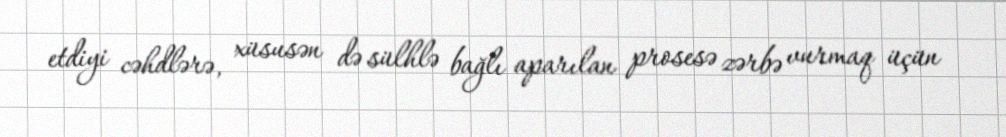
etdiyi cəhdlərə, xüsusən də sülhlə bağlı aparılan prosesə zərbə vurmaq üçün